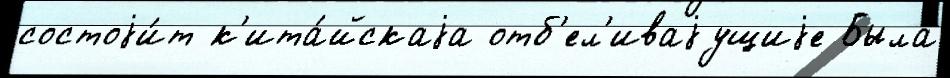
состоjи́т к'ита́йскаjа отб'ел'иваjущиjе Была́